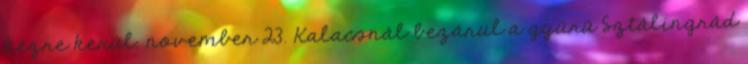
kézre kerül. november 23. Kalacsnál bezárul a gyûrû Sztálingrád